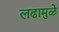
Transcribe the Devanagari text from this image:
लढामुळे